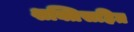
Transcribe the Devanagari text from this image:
शक्तिसहित